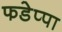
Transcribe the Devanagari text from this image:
फडेप्पा